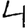
Digit: 4